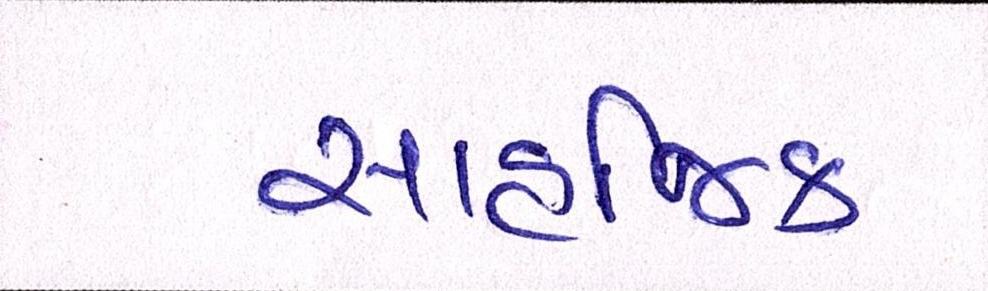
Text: સાહજિક